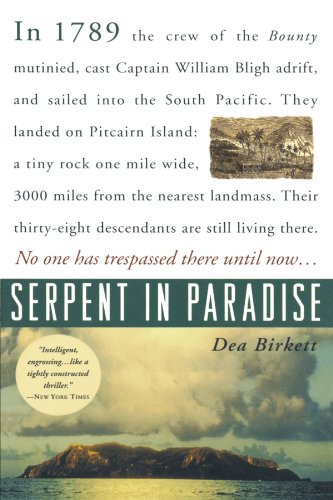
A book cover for Serpent in Paradise; Dea Birkett; History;